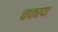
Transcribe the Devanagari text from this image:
चकाय